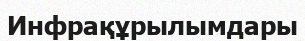
Инфрақұрылымдары